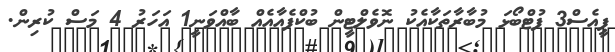
ޕީއެސް3 ފުޓްބޯޅަ މުބާރާތަކާއެކު ނޮވެލްޓީން ބުކްފެއާއެއް ބާއްވަނީ1 އަހަރު 4 މަސް ކުރިން.